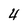
Character: 4